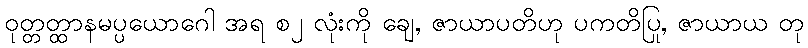
ဝုတ္တတ္ထာနမပ္ပယောဂေါ အရ စ၂ လုံးကို ချေ, ဇာယာပတိဟု ပကတိပြု, ဇာယာယ တု